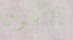
بالتسوق